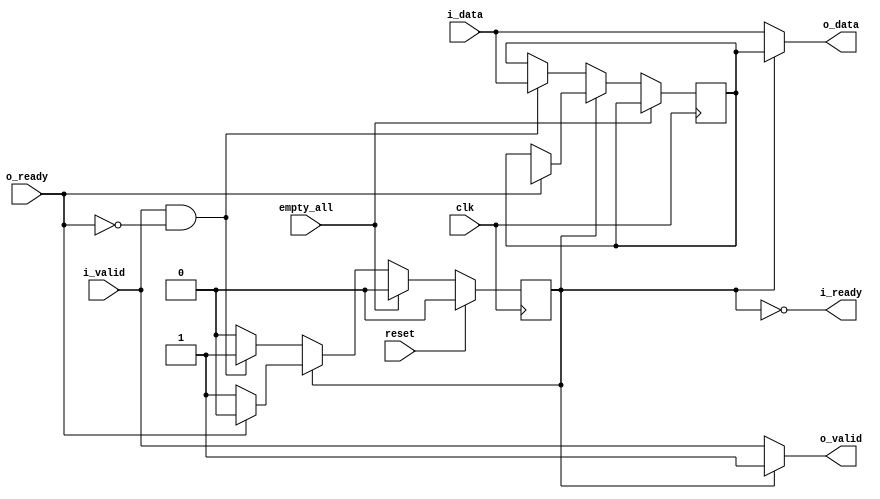
module sbuff(input wire              clk,
	     input wire              reset,
	     // Input port:
	     input wire              i_valid,
	     output wire             i_ready,
	     input wire [WIDTH-1:0]  i_data,
	     // Output port:
	     output wire             o_valid,
	     input wire              o_ready,
	     output wire [WIDTH-1:0] o_data,
             // From annul:
             input                   empty_all
	     );

   parameter WIDTH = 1;

   reg [WIDTH-1:0] 			    storage;
   reg                                      full;

   // Input ready is 0 if our stash is full, 1 if empty:
   assign 	i_ready = !full;

   // Downstream valid if empty & input valid (shortcut), or if full (data captured!)
   assign 	o_valid = full ? 1 : i_valid;
   assign 	o_data = full ? storage : i_data;

   always @(posedge clk) begin
      if (empty_all) begin
         full	<= 0;
      end else begin
         if (!full) begin
            // Out not ready, but input?  Capture something:
	    if (i_valid && !o_ready) begin
	       storage 	<= i_data;
	       full	<= 1;
	    end
	 end else begin
            // Input ready is 0.  If out ready, it's consumed:
	    if (o_ready) begin
	       storage 	<= {WIDTH{1'bx}};
               full 	<= 0;
	    end
         end
      end

      if (reset) begin
         full 		<= 0;
      end
   end

endmodule